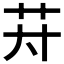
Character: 𱽌